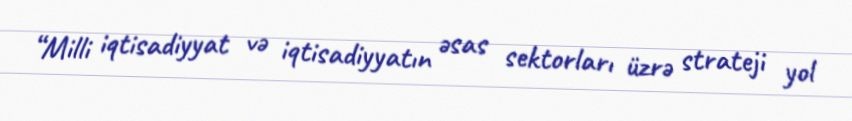
“Milli iqtisadiyyat və iqtisadiyyatın əsas sektorları üzrə strateji yol